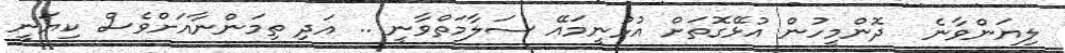
ލިޔަންވާނެ  ދޮންމީހުން އުޅޭގޮތަށް އުޅުނީމައޭ ސަލާމަތްވާނީ .. އަދި ތިމަންނާއަށްވެސް ކިޔަނީ